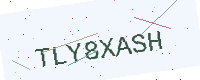
Text: TLY8XASH